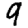
Digit: 9